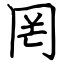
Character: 罔